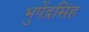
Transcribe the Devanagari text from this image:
भुपेंद्रसिंह